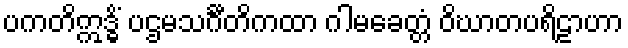
ပကတိဣဒ္ဓိံ ပဌမသင်္ဂီတိကထာ ဂါမခေတ္တံ ဝိဃာတပရိဠာဟာ